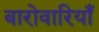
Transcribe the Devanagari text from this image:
बारोवारियाँ